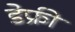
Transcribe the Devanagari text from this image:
डेफ्री